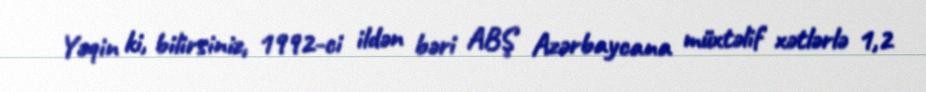
Yəqin ki, bilirsiniz, 1992-ci ildən bəri ABŞ Azərbaycana müxtəlif xətlərlə 1,2